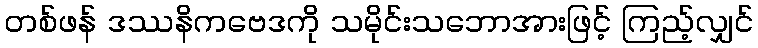
တစ်ဖန် ဒဿနိကဗေဒကို သမိုင်းသဘောအားဖြင့် ကြည့်လျှင်